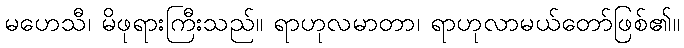
မဟေသီ၊ မိဖုရားကြီးသည်။ ရာဟုလမာတာ၊ ရာဟုလာမယ်တော်ဖြစ်၏။